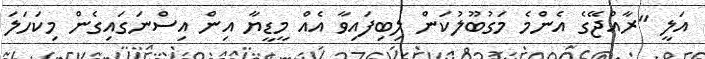
އަލީ "ރާއްޖޭގެ އެންމެ މަގުބޫލުކަން ލިބިފައިވާ އެއް މީޑީޔާ އިން އިސްނަގައިގެން މިކަހަލަ